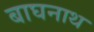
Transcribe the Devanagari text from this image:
बाघनाथ